Report of the King Institute of Preventive Medicine, Guindy
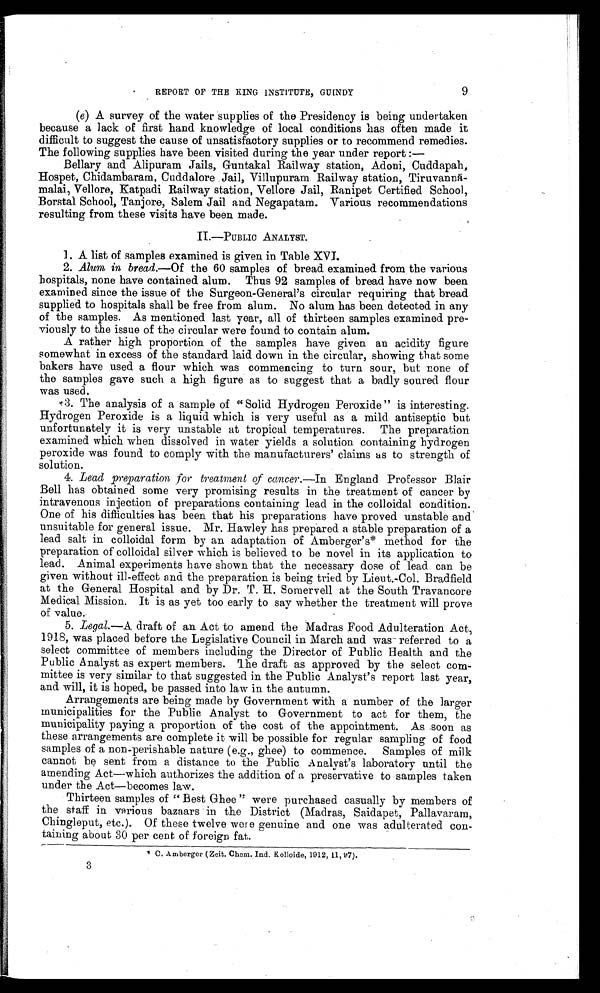
REPORT OF THE KING INSTITUTE, GUINDY
9
(e) A survey of the water supplies of the Presidency is being undertaken
because a lack of first hand knowledge of local conditions has often made it
difficult to suggest the cause of unsatisfactory supplies or to recommend remedies.
The following supplies have been visited during the year under report :
—
Bellary and Alipuram Jails, Guntakal Railway station, Adoui, Cuddapah,
Hospet, Chidambaram, Cuddalore Jail, Villupuram Railway station, Tiruvannā - -
malai, Vellore, Katpadi Railway station, Vellore Jail, Ranipet Certified School,
Borstal School, Tanjore, Salem Jail and Negapatam. Various recommendations
resulting from these visits have been made.
I I
.
— P U B L I C
A N A L Y S T .
1. A list of samples examined is given in Table XVI.
2. Alum in bread.—Of the 60 samples of bread examined from the various
hospitals, none have contained alum. Thus 92 samples of bread have now been
examined since the issue of the Surgeon-General’s circular requiring that bread
supplied to hospitals shall be free from alum. No alum has been detected in any
of the samples. As mentioned last year, all of thirteen samples examined pre-
viously to the issue of the circular were found to contain alum.
A rather high proportion of the samples have given an acidity figure
somewhat in excess of the standard laid down in the circular, showing that some
bakers have used a flour which was commencing to turn sour, but none of
the samples gave such a high figure as to suggest that a badly soured flour
was used.
3. The analysis of a sample of “ Solid Hydrogen Peroxide ” is interesting.
Hydrogen Peroxide is a liquid which is very useful as a mild antiseptic but
unfortunately it is very unstable at tropical temperatures. The preparation
examined which when dissolved in water yields a solution containing hydrogen
peroxide was found to comply with the manufacturers’ claims as to strength of
solution.
4. Lead preparation for treatment of cancer.— In England Professor Blair
Bell has obtained some very promising results in the treatment of cancer by
intravenous injection of preparations containing lead in the colloidal condition.
One of his difficulties has been that his preparations have proved unstable and
unsuitable for general issue. Mr. Hawley has prepared a stable preparation of a
lead salt in colloidal form by an adaptation of Amberger’s V method for the
preparation of colloidal silver which is believed to be novel in its application to
lead. Animal experiments have shown that the necessary dose of lead can be
given without ill-effect and the preparation is being tried by Lieut.-Col. Bradfield
at the General Hospital and by Dr. T. H. Somervell at the South Travancore
Medical Mission. It is as yet too early to say whether the treatment will prove
of value.
5. Legal.—A draft of an Act to amend the Madras Food Adulteration Act,
1918, was placed before the Legislative Council in March and was referred to a
select committee of members including the Director of Public Health and the
Public Analyst as expert members. 'The draft as approved by the select com-
mittee is very similar to that suggested in the Public Analyst’s report last year,
and will, it is hoped, be passed into law in the autumn.
Arrangements are being made by Government with a number of the larger
municipalities for the Public Analyst to Government to act for them, the
municipality paying a proportion of the cost of the appointment. As soon as
these arrangements are complete it will be possible for regular sampling of food
samples of a non-perishable nature (e.g., ghee) to commence. Samples of milk
cannot be sent from a distance to the Public Analyst’s laboratory until the
amending Act—which authorizes the addition of a preservative to samples taken
under the Act—becomes law.
Thirteen samples of “ Best Ghee” were purchased casually by members of
the staff in various bazaars in the District (Madras, Saidapet, Pallavaram,
Chingleput, etc.). Of these twelve were genuine and one was adulterated con-
taining about 30 per cent of foreign fat.
* C. Amberger (Zeit. Chem. Ind. Kolloide, 1912, 11, 97).
3